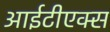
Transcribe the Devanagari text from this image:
आईटीएक्स